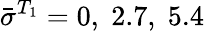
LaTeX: \bar{\sigma}^{T_{1}}=0,\; 2.7,\; 5.4